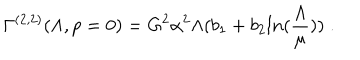
\Gamma ^ { ( 2 , 2 ) } ( \Lambda , p = 0 ) = G ^ { 2 } \alpha ^ { 2 } \Lambda ( b _ { 1 } + b _ { 2 } l n ( \frac { \Lambda } { \mu } ) ) \; .